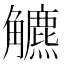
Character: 𧥍